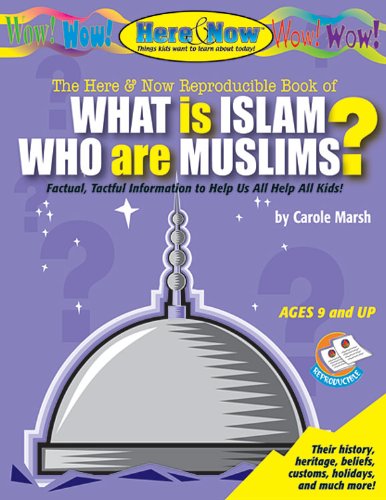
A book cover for What Is Islam? Who Are Muslims (It's Happening to U.S.); Carole Marsh; Children's Books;